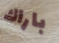
باراك